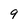
Character: 9